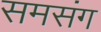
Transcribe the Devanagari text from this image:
समसंग